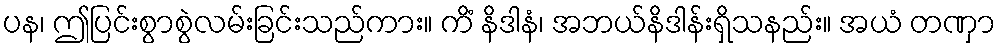
ပန၊ ဤပြင်းစွာစွဲလမ်းခြင်းသည်ကား။ ကိံ နိဒါနံ၊ အဘယ်နိဒါန်းရှိသနည်း။ အယံ တဏှာ